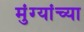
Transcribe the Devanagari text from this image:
मुंग्यांच्या